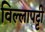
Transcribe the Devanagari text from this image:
विल्लापट्टी